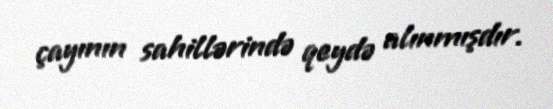
çayının sahillərində qeydə alınmışdır.